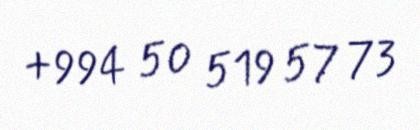
+994 50 519 57 73